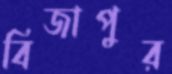
বিজাপুর